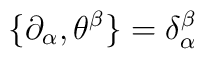
\{ \partial_\alpha, \theta^\beta \} = \delta_\alpha^\beta